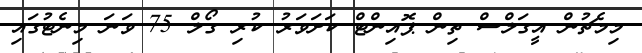
މިމެޗުން އީގަލްސް ތިން ޕޮއިންޓް ކަށަވަރު ކުރި ގޯލް 75 ވަނަ މިނެޓުގައި